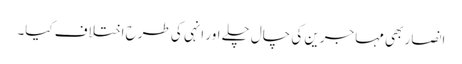
انصار بھی مہاجرین کی چال چلے اور انہی کی طرح اختلاف کیا۔